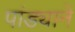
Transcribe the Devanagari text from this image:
पांड्याने